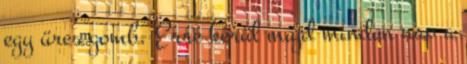
egy üres gomb. Erre kerül majd minden nap a